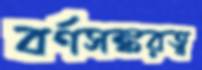
বর্ণসঙ্করত্ব